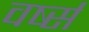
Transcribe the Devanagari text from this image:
वर्ष्स